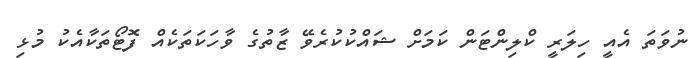
ނުވަތަ އެއީ ހިލަރީ ކްލިންޓަން ކަމަށް ޝައްކުކުރެވޭ ޒާތުގެ ވާހަކަތަކެއް ފޮޓޯތަކާއެކު މުޅި